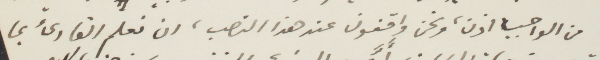
من الواجب اذن، ونحن واقفون عند هذا النصب، ان نعلم القارئ بما